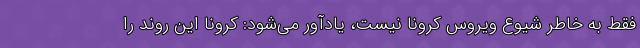
فقط به خاطر شیوع ویروس کرونا نیست، یادآور می‌شود: کرونا این روند را